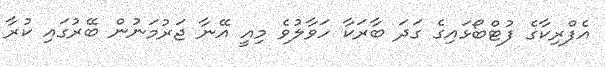
އެފްރިކާގެ ފުޓްބޯޅައިގެ ގަދަ ބާރަކާ ހަވާލުވެ މިއީ އޭނާ ޖަރުމަނުން ބޭރުގައި ކުރާ